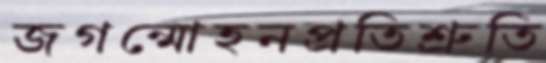
জগন্মোহনপ্রতিশ্রুতি